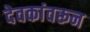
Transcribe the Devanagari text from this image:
देवकांवरून